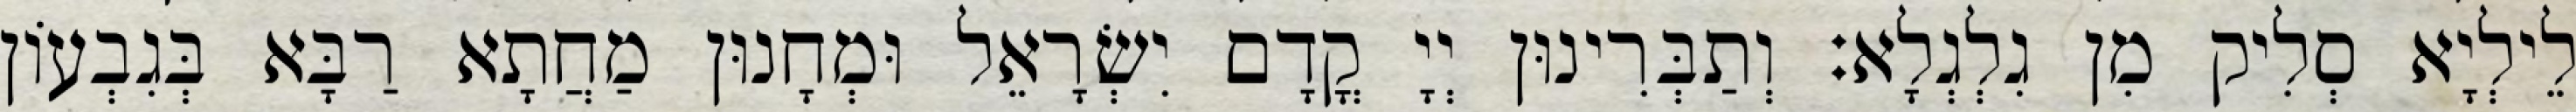
לֵילְיָא סְלִיק מִן גִלְגְלָא׃ וְתַבְּרִינוּן יְיָ קֳדָם יִשְׂרָאֵל וּמְחָנוּן מַחֲתָא רַבָּא בְּגִבְעוֹן